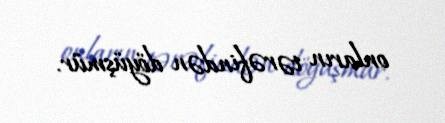
onların tərəfindən döyüşmür.